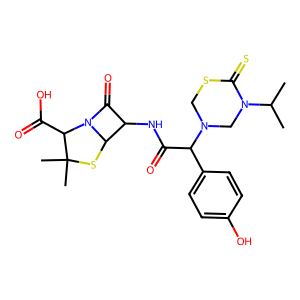
SMILES: CC(C)N1CN(C(C(=O)NC2C(=O)N3C2SC(C)(C)C3C(=O)O)c2ccc(O)cc2)CSC1=S
Inhibits HIV replication: No